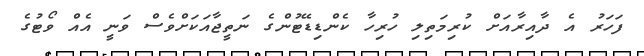
ފަހަރު އެ ދާއިރާއަށް ކުރިމަތިލި ހުރިހާ ކެންޑިޑޭޓުންގެ ނަތީޖާއަކަށްވެސް ވަނީ އެއް ވޯޓުގެ